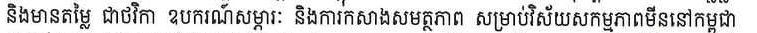
និងមានតម្លៃ ជាថវិកា ឧបករណ៍សម្ភារៈ និងការកសាងសមត្ថភាព សម្រាប់វិស័យសកម្មភាពមីននៅកម្ពុជា